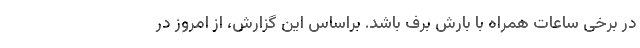
در برخی ساعات همراه با بارش برف باشد. براساس این گزارش، از امروز در